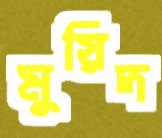
মুয়িদ